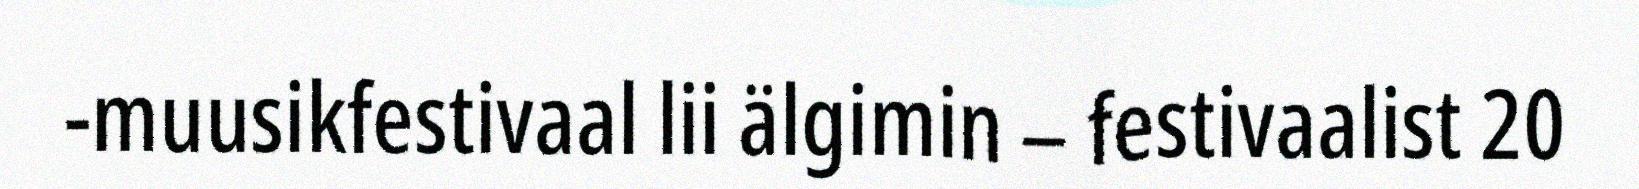
-muusikfestivaal lii älgimin – festivaalist 20